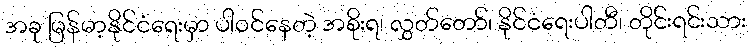
အခု မြန်မာ့နိုင်ငံရေးမှာ ပါဝင်နေတဲ့ အစိုးရ၊ လွှတ်တော်၊ နိုင်ငံရေးပါတီ၊ တိုင်းရင်းသား